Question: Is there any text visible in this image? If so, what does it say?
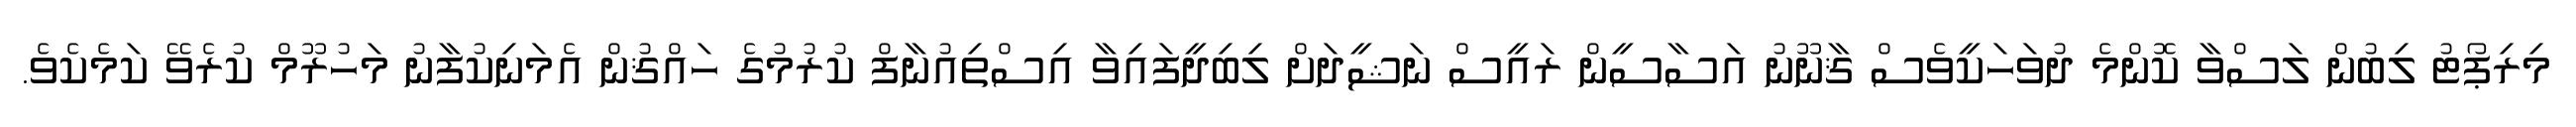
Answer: މިރިޕޯޓު ލިބުން ލަސްވާ ކޮންމެ ދުވަހަކީވެސް ޤާނޫނު އަސާސީން ރައީސް ނަޝީދަށް ލިބިދީފައިވާ އިސްތިއުނާފް ކުރުމުގެ ހައްޤުން އެމަނިކުފާނު މަހުރޫމް ކުރެވޭ ކަމެކެވެ.